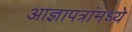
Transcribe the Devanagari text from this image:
आज्ञापत्रांमध्ये